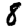
Digit: 8